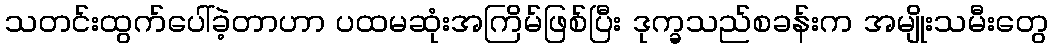
သတင်းထွက်ပေါ်ခဲ့တာဟာ ပထမဆုံးအကြိမ်ဖြစ်ပြီး ဒုက္ခသည်စခန်းက အမျိုးသမီးတွေ